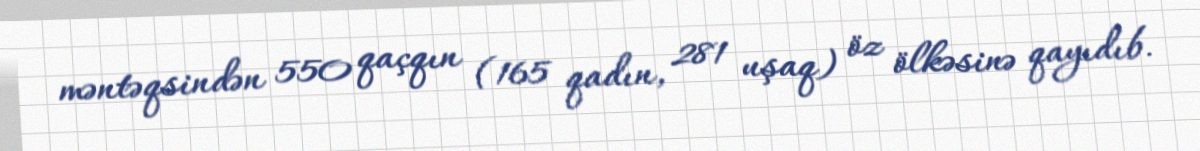
məntəqsindən 550 qaçqın (165 qadın, 281 uşaq) öz ölkəsinə qayıdıb.